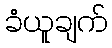
ခံယူချက်